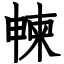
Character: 朄